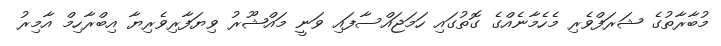
މުބާރާތުގެ ޝަރަފްވެރި މެހެމާނެއްގެ ގޮތުގައި ހަމަޖައްސާފައި ވަނީ މައްޝޫރު ވިޔަފާރިވެރިޔާ އިބްރާހިމް އާމިރު